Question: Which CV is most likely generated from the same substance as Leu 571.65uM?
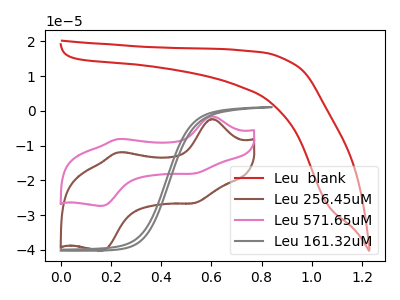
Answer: <think>The red curve "Leu  blank" has no peaks. The brown curve "Leu 256.45uM" has anodic peaks at (0.60V, -2.35uA) (0.25V, -11.95uA) and cathodic peaks at (0.55V, -26.55uA) (0.15V, -40.25uA). The pink curve "Leu 571.65uM" has anodic peaks at (0.60V, -1.60uA) (0.25V, -8.10uA) and cathodic peaks at (0.55V, -18.05uA) (0.15V, -27.35uA). The gray curve "Leu 161.32uM" has no peaks.
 "Leu  blank" and "Leu 256.45uM" have a different number of peaks. "Leu  blank" and "Leu 571.65uM" have a different number of peaks. Neither "Leu  blank" or "Leu 161.32uM" have any peaks. All the peaks in "Leu 256.45uM" have a peak in "Leu 571.65uM" at the same potential. "Leu 256.45uM" and "Leu 161.32uM" have a different number of peaks. "Leu 571.65uM" and "Leu 161.32uM" have a different number of peaks.</think>
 <answer>The CV with the most similar shape to "Leu 256.45uM" is "Leu 571.65uM".</answer>
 <eval>"Leu 571.65uM"</eval>